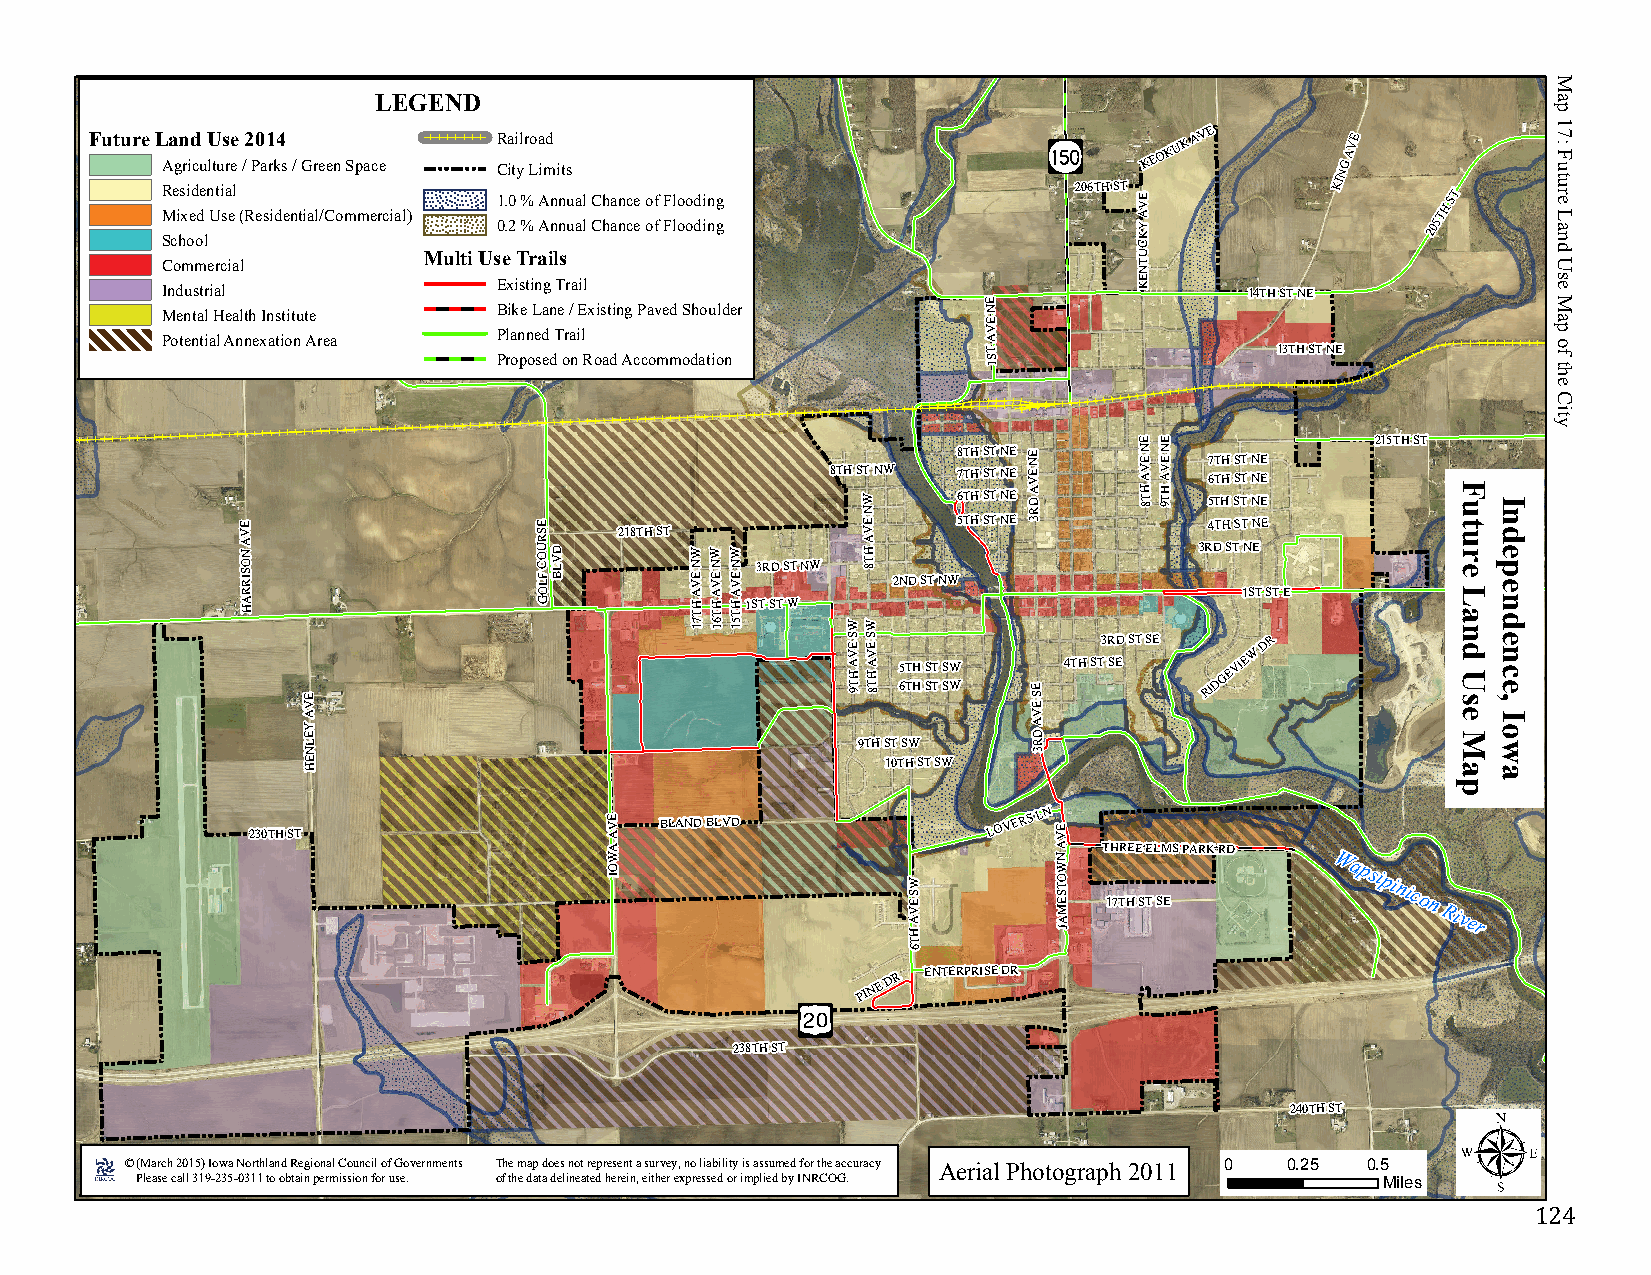
LEGEND
 Future L Aa gn rid
 cu
 U ltus re
 e
 /2 P0 a1 rk4
 s / Green Space
 R Ca iti ylr Loa imd
 its
 KEOKUK
 AVE
 NG
 AVE
 R Me is xi ed de n Uti sa el (Residential/Commercial) 1 0. .0
 2
 %
 %
 A An nn nu ua al
 l
 C Ch ha an nc ce
 e
 o of
 f
 F Fl lo oo od di in ng
 g
 206TH ST E V A
 Y
 K
 KI
 205TH ST
 School                                                          C
 Commercial       Multi Use Trails                               U T N
 E
 Industrial            Existing Trail                  E         K       14TH ST NE
 Mental Health Institute Bike Lane / Existing Paved Shoulder N E
 Potential Annexation Area Planned Trail               V A
 T                  13TH ST NE
 Proposed on Road Accommodation  S 1
 E V A N O S IR      E S R U O C F LD V L B 218TH ST W N E V W N E V W N E V 3RD ST NW
 8TH ST
 W N E V A H T 8
 NW
 2ND ST
 NW8 567T TTTH HHH S SSST TTT N NNNE EEE E N E V A
 D R 3
 E N E V A H
 T 8
 E N E V A H
 T 9
 3R57 6
 4
 DTT T THH H
 H S
 TSS S
 S
 TT T
 T N
 NN N
 N
 EEE E
 E
 215TH ST R D
 L E L B U O D
 R A H               O G       A H T A H T A H T1ST ST W           1ST ST E
 71 61 51  WW
 S E VS E
 V
 3RD ST SE
 W
 DR
 E
 V
 A H
 T
 9A H
 T 8
 65 TT HH SS TT SS WW
 E S
 E
 4TH ST SE RIDGEVIE
 A                                               V
 Y
 E
 A
 D
 L N                                  9TH ST SW  R 3
 E H                                    10TH ST SW
 230TH ST
 E V
 A
 BLAND BLVD            LOVERS LN E
 V
 A W                           A N THREE ELMS PARK RD
 O
 I                   W
 S
 E V A
 H
 W
 O T
 S
 E M A
 J
 17TH ST SE
 Wapsipinicon
 River
 T
 6
 PINE
 DR ENTERPRISE DR
 238TH ST
 240TH ST
 © (March 2015) Iowa Northland Regional Council of Governments The map does not represent a survey, no liability is assumed for the accuracy Aerial Photograph 2011 0 0.25 0.5
 Please call 319-235-0311 to obtain permission for use. of the data delineated herein, either expressed or implied by INRCOG. Miles
 124
 Future
 Land
 Use
 Map
 Independence,
 Iowa
 Map
 17:
 Future
 Land
 Use
 Map
 of
 the
 City